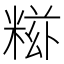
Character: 𥺩